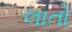
લાતો